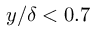
y / \delta < 0 . 7